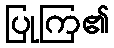
ပြုကြ၏